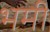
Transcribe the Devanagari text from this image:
भमी